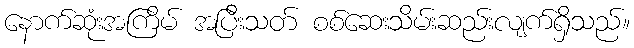
နောက်ဆုံးအကြိမ် အပြီးသတ် စစ်ဆေးသိမ်းဆည်းလျက်ရှိသည်။